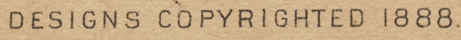
DESIGNS COPYRIGHTED 1888